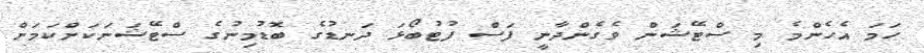
ހަމަ އެހެންމެ މި ސްޓޭޝަން ވެގެންދާނީ ފަސް ފުޓުބޯޅަ ދަނޑުގެ ބޮޑުމިނުގެ ސްޓޭޝަނަކަށްކަމަށް